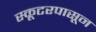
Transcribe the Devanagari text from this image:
स्कूटरपासून